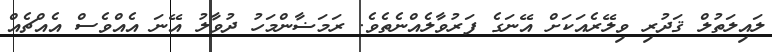
ލައިލަތުލް ޤަދުރި ވިލޭރެއަކަށް އޭނަގެ ފަރުވާލެއްނެތެވެ. ރަމަޟާންމަހު ދުވާލު އޭނަ އެއްވެސް އެއްޗެއް